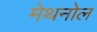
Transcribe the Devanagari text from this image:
मेथनोल